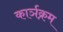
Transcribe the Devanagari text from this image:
कार्ञक्रम